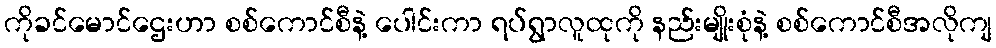
ကိုခင်မောင်ဌေးဟာ စစ်ကောင်စီနဲ့ ပေါင်းကာ ရပ်ရွာလူထုကို နည်းမျိုးစုံနဲ့ စစ်ကောင်စီအလိုကျ